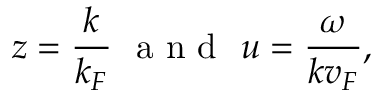
z = \frac { k } { k _ { F } } \ \mathrm { ~ a ~ n ~ d ~ } \ u = \frac { \omega } { k v _ { F } } ,